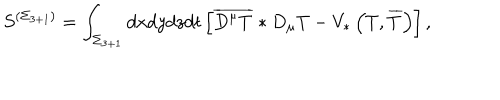
LaTeX: S ^ { \left( \Sigma _ { 3 + 1 } \right) } = \int _ { \Sigma _ { 3 + 1 } } d x d y d z d t \left[ \overline { { { D ^ { \mu } T } } } * D _ { \mu } T - V _ { * } \left( T , \overline { { { T } } } \right) \right] ,